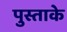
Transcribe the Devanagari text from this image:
पुस्ताके